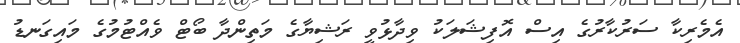
އެމެރިކާ ސަރުކާރުގެ އިސް އޮފިޝަލަކު ވިދާޅުވީ ރަޝިޔާގެ މަތިންދާ ބޯޓް ވެއްޓުމުގެ މައިގަނޑު